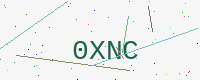
Text: 0XNC